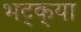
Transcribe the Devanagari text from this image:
भट्‌क्‌या